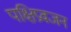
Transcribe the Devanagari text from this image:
पक्षिप्रवजन